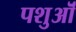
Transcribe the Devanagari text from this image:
पशुऒं